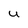
Character: u